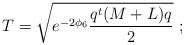
LaTeX: \begin{align*}T=\sqrt{e^{-2\phi_6} \frac{q^t (M+L) q}{2}}\ ;\end{align*}